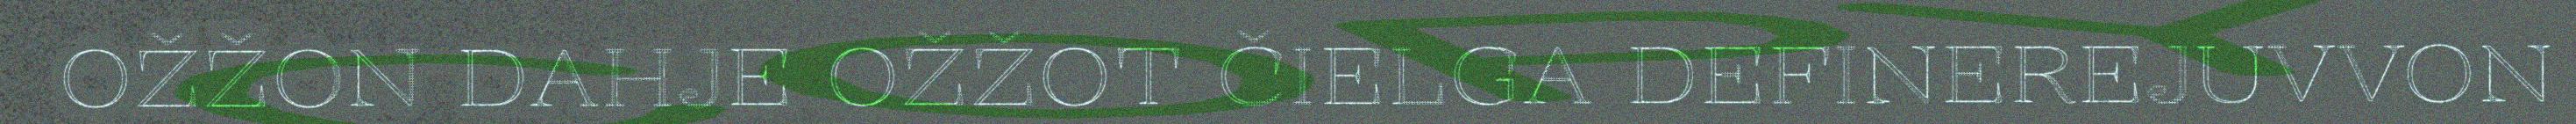
OŽŽON DAHJE OŽŽOT ČIELGA DEFINEREJUVVON